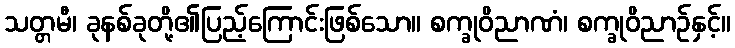
သတ္တမီ၊ ခုနစ်ခုတို့၏ပြည့်ကြောင်းဖြစ်သော။ စက္ခုဝိညာဏံ၊ စက္ခုဝိညာဉ်နှင့်။